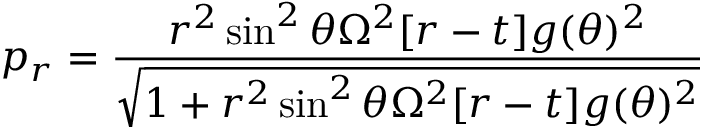
p _ { r } = \frac { r ^ { 2 } \sin ^ { 2 } \theta \Omega ^ { 2 } [ r - t ] g ( \theta ) ^ { 2 } } { \sqrt { 1 + r ^ { 2 } \sin ^ { 2 } \theta \Omega ^ { 2 } [ r - t ] g ( \theta ) ^ { 2 } } }